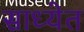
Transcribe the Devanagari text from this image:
साध्येत